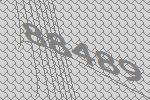
88489